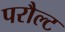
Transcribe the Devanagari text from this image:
परौल्ट